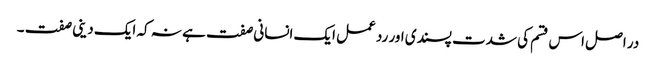
در اصل اس قسم کی شدت پسندی اور رد عمل ایک انسانی صفت ہے نہ کہ ایک دینی صفت ۔